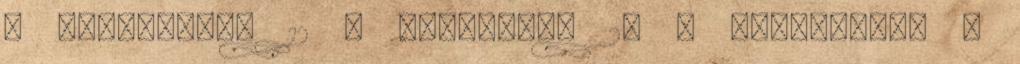
- szeptember 12 6 augusztus 29 - szeptember 5